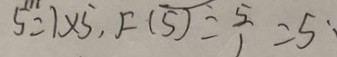
5 = 1 \times 5 , F ( 5 ) = \frac { 5 } { 1 } = 5 :